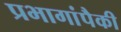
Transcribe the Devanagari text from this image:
प्रभागांपैकी